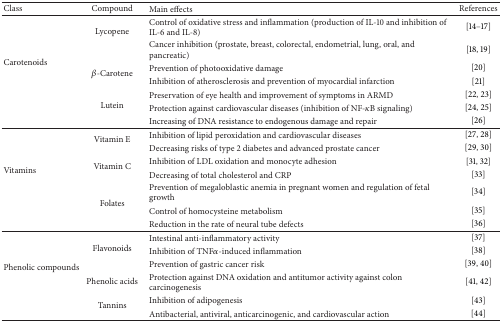
| Class | Compound | Main effects | References |
 | --- | --- | --- | --- |
 | <ROWSPAN=7> Carotenoids | <ROWSPAN=2> Lycopene | Control of oxidative stress and inflammation (production of IL-10 and inhibition of IL-6 and IL-8) | [14–17] |
 | Cancer inhibition (prostate, breast, colorectal, endometrial, lung, oral, and pancreatic) | [18, 19] |
 | <ROWSPAN=2> β-Carotene | Prevention of photooxidative damage | [20] |
 | Inhibition of atherosclerosis and prevention of myocardial infarction | [21] |
 | <ROWSPAN=3> Lutein | Preservation of eye health and improvement of symptoms in ARMD | [22, 23] |
 | Protection against cardiovascular diseases (inhibition of NF-κB signaling) | [24, 25] |
 | Increasing of DNA resistance to endogenous damage and repair | [26] |
 | <ROWSPAN=7> Vitamins | <ROWSPAN=2> Vitamin E | Inhibition of lipid peroxidation and cardiovascular diseases | [27, 28] |
 | Decreasing risks of type 2 diabetes and advanced prostate cancer | [29, 30] |
 | <ROWSPAN=2> Vitamin C | Inhibition of LDL oxidation and monocyte adhesion | [31, 32] |
 | Decreasing of total cholesterol and CRP | [33] |
 | <ROWSPAN=3> Folates | Prevention of megaloblastic anemia in pregnant women and regulation of fetal growth | [34] |
 | Control of homocysteine metabolism | [35] |
 | Reduction in the rate of neural tube defects | [36] |
 | <ROWSPAN=6> Phenolic compounds | <ROWSPAN=3> Flavonoids | Intestinal anti-inflammatory activity | [37] |
 | Inhibition of TNFα-induced inflammation | [38] |
 | Prevention of gastric cancer risk | [39, 40] |
 | Phenolic acids | Protection against DNA oxidation and antitumor activity against colon carcinogenesis | [41, 42] |
 | <ROWSPAN=2> Tannins | Inhibition of adipogenesis | [43] |
 | Antibacterial, antiviral, anticarcinogenic, and cardiovascular action | [44] |